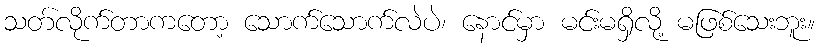
သတ်လိုက်တာကတော့ သောက်သောက်လဲပဲ၊ နောင်မှာ မင်းမရှိလို့ မဖြစ်သေးဘူး။